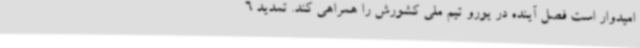
امیدوار است فصل آینده در یورو تیم ملی کشورش را همراهی کند. تمدید 6